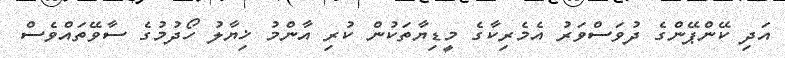
އަދި ކޭންޕޭންގެ ދުވަސްވަރު އެމެރިކާގެ މީޑިޔާތަކުން ކުރި އާންމު ޚިޔާލު ހޯދުމުގެ ސާވޭތައްވެސް